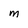
Character: M